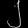
Digit: ၂